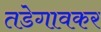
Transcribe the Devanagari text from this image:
तडेगावकर